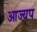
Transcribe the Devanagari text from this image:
आज्यप